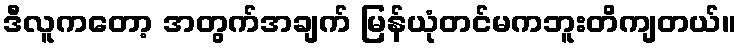
ဒီလူကတော့ အတွက်အချက် မြန်ယုံတင်မကဘူးတိကျတယ်။